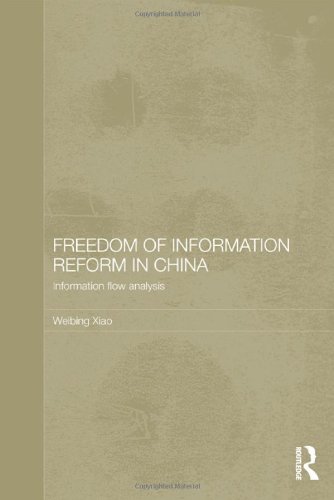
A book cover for Freedom of Information Reform in China: Information Flow Analysis (Routledge Law in Asia); Weibing Xiao; Law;